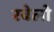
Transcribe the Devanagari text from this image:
रबेलो